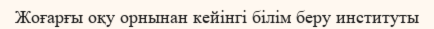
Жоғарғы оқу орнынан кейінгі білім беру институты